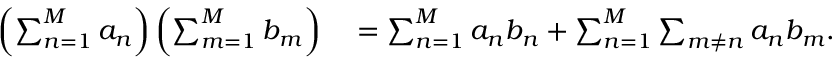
\begin{array} { r l } { \left( \sum _ { n = 1 } ^ { M } a _ { n } \right) \left( \sum _ { m = 1 } ^ { M } b _ { m } \right) } & { { } = \sum _ { n = 1 } ^ { M } a _ { n } b _ { n } + \sum _ { n = 1 } ^ { M } \sum _ { m \neq n } a _ { n } b _ { m } . } \end{array}